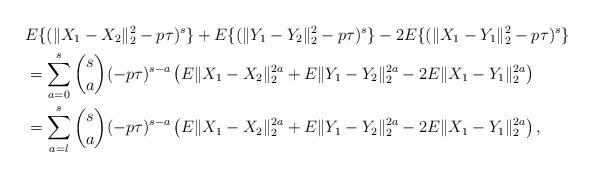
LaTeX: \begin{align*}&E\{(\|X_{1}-X_{2}\|_{2}^{2}-p\tau)^{s}\}+E\{(\|Y_{1}-Y_{2}\|_{2}^{2}-p\tau)^{s}\}-2E\{(\|X_{1}-Y_{1}\|_{2}^{2}-p\tau)^{s}\}\\&=\sum^{s}_{a=0}\binom{s}{a}(-p\tau)^{s-a}\left(E\|X_1- X_2\|^{2a}_2+E\|Y_1-Y_2\|^{2a}_2-2E\|X_1- Y_1\|^{2a}_2\right)\\&=\sum^{s}_{a=l}\binom{s}{a}(-p\tau)^{s-a}\left(E\|X_1- X_2\|^{2a}_2+E\|Y_1-Y_2\|^{2a}_2-2E\|X_1- Y_1\|^{2a}_2\right),\end{align*}